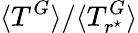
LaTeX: \langle T^{G}\rangle/\langle T_{r^{\star}}^{G}\rangle